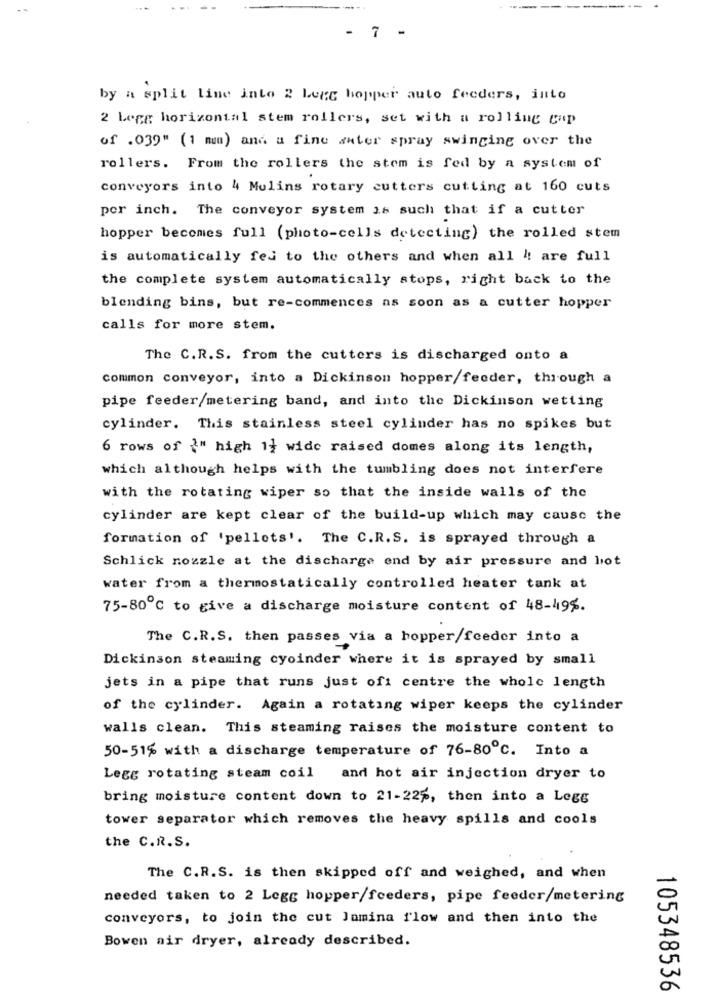
7
by a split line inte 2 Legg hopper auto feeders, into
2 Legg horizontal stem rollers, set with a rolling cap
of .039" (1 mm) and a fine unter spray swinging over the
rollers. From the rollers the stem is fed by a system of
conveyors into 4 Mulins rotary cutters cutting at 160 cuts
per inch. The conveyor system is such that if a cutter
hopper becomes full (photo-cells detecting) the rolled stem
is automatically fes to the others and when all !! are full
the complete system automatically stops, right back to the
blending bins, but re-commences as soon as a cutter hopper
calls for more stem.
The C.R.S. from the cutters is discharged onto a
common conveyor, into a Dickinson hopper/feeder, through a
pipe feeder/metering band, and into the Dickinson wetting
cylinder. This stainless steel cylinder has no spikes but
6 rows of {" high 1} wide raised domes along its length,
which although helps with the tumbling does not interfere
with the rotating wiper so that the inside walls of the
cylinder are kept clear of the build-up which may cause the
formation of 'pellets'. The C.R.S. is sprayed through a
Schlick nozzle at the discharge end by air pressure and hot
water from a thermostatically controlled heater tank at
75-80℃ to give a discharge moisture content of 48-49%.
The C.R.S. then passes via a hopper/feeder into a
Dickinson steaming cyoinder where it is sprayed by small
jets in a pipe that runs just ofi centre the whole length
of the cylinder. Again a rotating wiper keeps the cylinder
walls clean. This steaming raises the moisture content to
50-51% with a discharge temperature of 76-80℃. Into a
Legg rotating steam coil and hot air injection dryer to
bring moisture content down to 21-22p, then into a Lege
tower separator which removes the heavy spills and cools
the C.R.S.
The C.R.S. is then skipped off and weighed, and when
needed taken to 2 Legg hopper/fceders, pipe feeder/metering
conveyors, to join the cut Jamina flow and then into the
Bowen air dryer, already described.
105348536